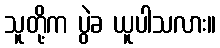
သူတို့က ပွဲခ ယူပါသလား။